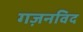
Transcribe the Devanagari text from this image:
गज़नविद